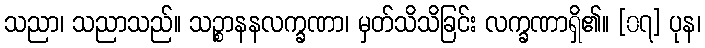
သညာ၊ သညာသည်။ သဉ္စာနနလက္ခဏာ၊ မှတ်သိသိခြင်း လက္ခဏာရှိ၏။ [၀၇] ပုန၊